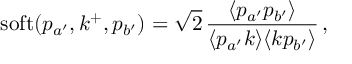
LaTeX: \mathrm { s o f t } ( p _ { a ^ { \prime } } , k ^ { + } , p _ { b ^ { \prime } } ) = \sqrt { 2 } \, { \frac { \langle p _ { a ^ { \prime } } p _ { b ^ { \prime } } \rangle } { \langle p _ { a ^ { \prime } } k \rangle \langle k p _ { b ^ { \prime } } \rangle } } \, ,